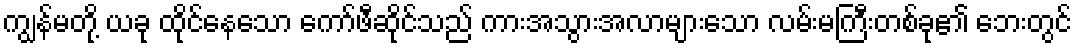
ကျွန်မတို့ ယခု ထိုင်နေသော ကော်ဖီဆိုင်သည် ကားအသွားအလာများသော လမ်းမကြီးတစ်ခု၏ ဘေးတွင်